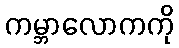
ကမ္ဘာလောကကို